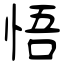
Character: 悟